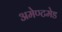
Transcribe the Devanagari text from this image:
अमेण्टमेड